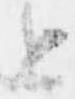
と